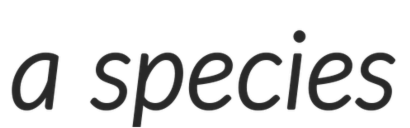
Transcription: a species